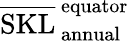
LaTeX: \overline{{\mathrm{SKL}}}_{\, \mathrm{annual}}^{\, \mathrm{equator}}